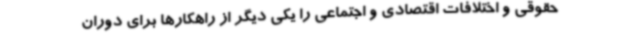
حقوقی و اختلافات اقتصادی و اجتماعی را یکی دیگر از راهکارها برای دوران